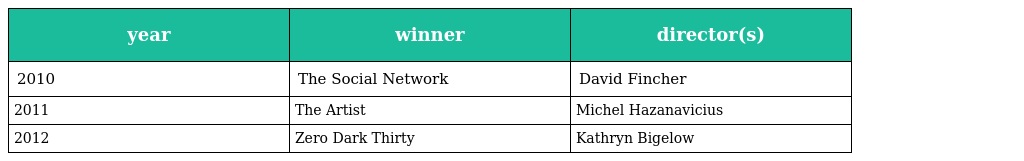
| year | winner | director(s) |
 | --- | --- | --- |
 | 2010 | The Social Network | David Fincher |
 | 2011 | The Artist | Michel Hazanavicius |
 | 2012 | Zero Dark Thirty | Kathryn Bigelow |